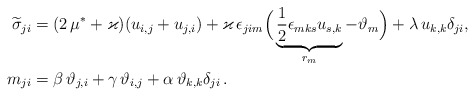
\begin{align*}\widetilde{\sigma}_{ji} &=(2\,\mu^*+\varkappa) ( u_{i,j}+u_{j,i})+\varkappa \, \epsilon_{jim}\Big(\underbrace{\frac{1}{2}\epsilon_{mks}u_{s,k}}_{r_m}-\vartheta_m\Big)+\lambda \, u_{k,k}\delta_{ji},\\*m _{ji}&=\beta \,\vartheta_{j,i}+\gamma\, \vartheta_{i,j}+ \alpha \, \vartheta_{k,k}\delta_{ji} \, .\end{align*}